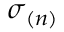
\boldsymbol { \sigma } _ { ( n ) }